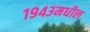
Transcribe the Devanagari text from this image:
१९४३मधील